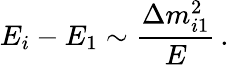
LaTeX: E_{i}-E_{1}\sim\frac{\Delta{m}_{i1}^{2}}{E}\, .